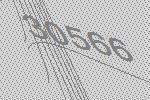
30566